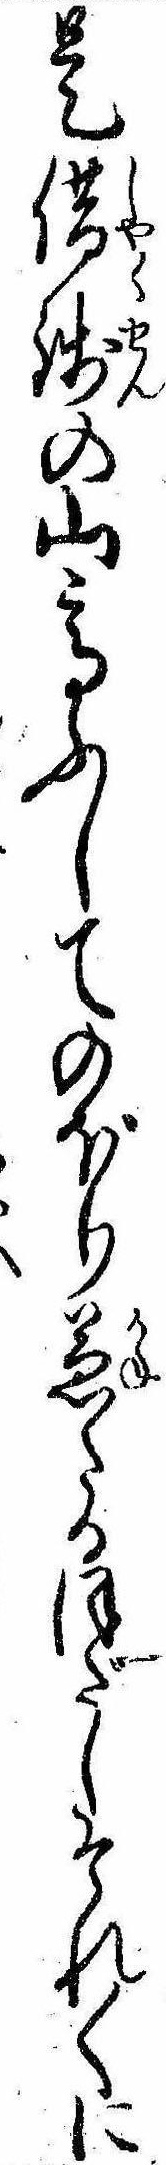
是借銭の山高ふしてのぼり兼たるほだしそれ〱に